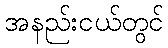
အနည်းငယ်တွင်